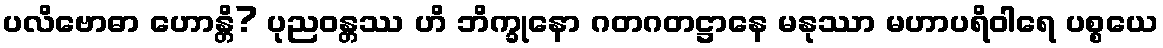
ပလိဗောဓာ ဟောန္တိ? ပုညဝန္တဿ ဟိ ဘိက္ခုနော ဂတဂတဋ္ဌာနေ မနုဿာ မဟာပရိဝါရေ ပစ္စယေ